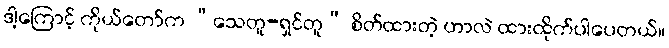
ဒါ့ကြောင့် ကိုယ်တော်က “သေတူ-ရှင်တူ” စိတ်ထားတဲ့ ဟာလဲ ထားထိုက်ပါပေတယ်။